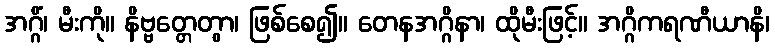
အဂ္ဂိံ၊ မီးကို။ နိဗ္ဗတ္တေတွာ၊ ဖြစ်စေ၍။ တေနအဂ္ဂိနာ၊ ထိုမီးဖြင့်။ အဂ္ဂိကရဏီယာနိ၊